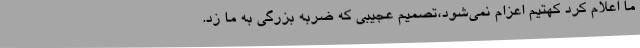
ما اعلام کرد کهتیم اعزام نمی‌شود،تصمیم عجیبی که ضربه بزرگی به ما زد.